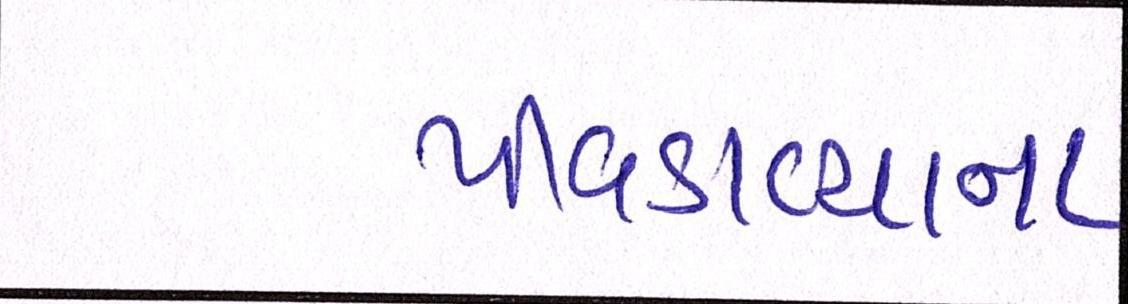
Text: પીવડાવ્યાના